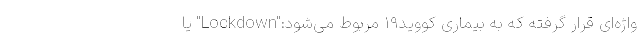
واژه‌ای قرار گرفته که به بیماری کووید۱۹ مربوط می‌شود:"Lockdown" یا